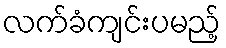
လက်ခံကျင်းပမည့်